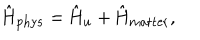
LaTeX: \hat { \mathrm { H } } _ { \mathrm { p h y s } } = \hat { \mathrm { H } } _ { u } + \hat { \mathrm { H } } _ { \mathrm { m a t t e r } } ,